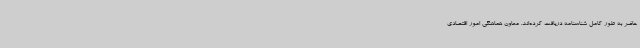
حاضر به طور کامل شناسنامه دریافت کرده‌اند. معاون هماهنگی امور اقتصادی